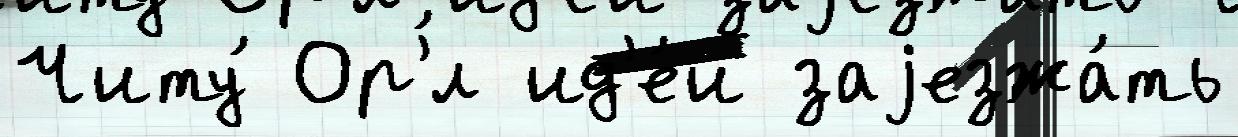
Читу́ Ор'́л ид'е́и заjезжа́ть